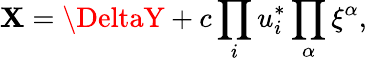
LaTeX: \mathbf{X}=\DeltaY+c\prod_{i}u_{i}^{*}\prod_{\alpha}\xi^{\alpha},